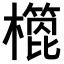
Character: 𣝳